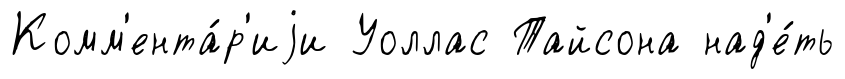
Комм'ента́р'иjи Уоллас Тайсона над'е́ть